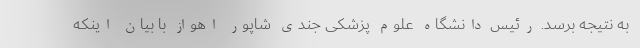
به نتیجه برسد. رئیس دانشگاه علوم پزشکی جندی شاپور اهواز با بیان اینکه